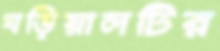
ঘড়িয়ালটির